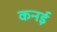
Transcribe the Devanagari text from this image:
कनई